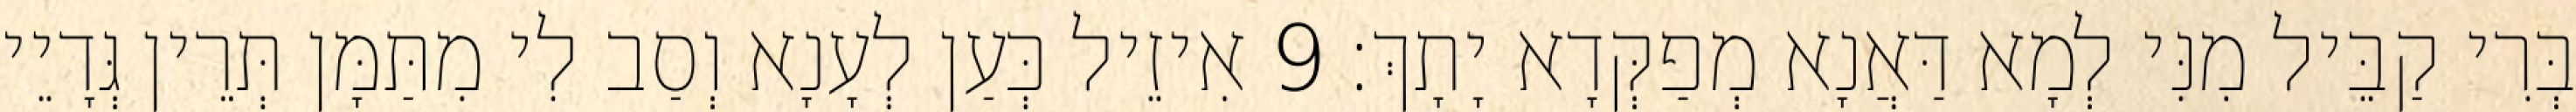
בְּרִי קַבֵּיל מִנִּי לְמָא דַּאֲנָא מְפַקְּדָא יָתָךְ׃ 9 אִיזֵיל כְּעַן לְעָנָא וְסַב לִי מִתַּמָּן תְּרֵין גְּדָיֵי